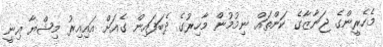
މެހެރީންގެ ޖަނާޒާގެ ކަންތައް ނިމުމުން މާހިރުގެ ދެބަފައިން ގެއަށް އައިއިރު މިޝްޔާ އިނީ